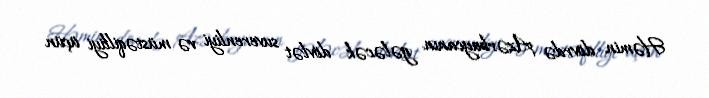
Həmin dövrdə Azərbaycanın gələcək dövlət suverenliyi və müstəqilliyi üçün